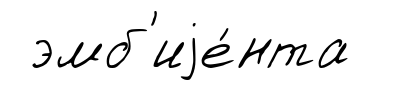
эмб'иjе́нта